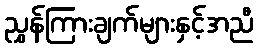
ညွှန်ကြားချက်များနှင့်အညီ